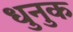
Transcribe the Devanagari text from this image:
धुनुक